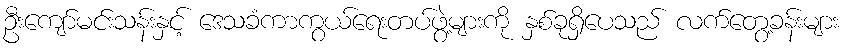
ဦးကျော်မင်းသန်းနှင့် ဒေသခံကာကွယ်ရေးတပ်ဖွဲ့များကို နှစ်ခုရှိပေသည် လက်တွေ့ခန်းများ